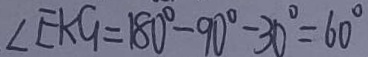
\angle E A G = 1 8 0 ^ { \circ } - 9 0 ^ { \circ } - 3 0 ^ { \circ } = 6 0 ^ { \circ }